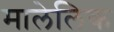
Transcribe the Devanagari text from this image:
मालेलिक